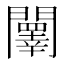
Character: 䦴